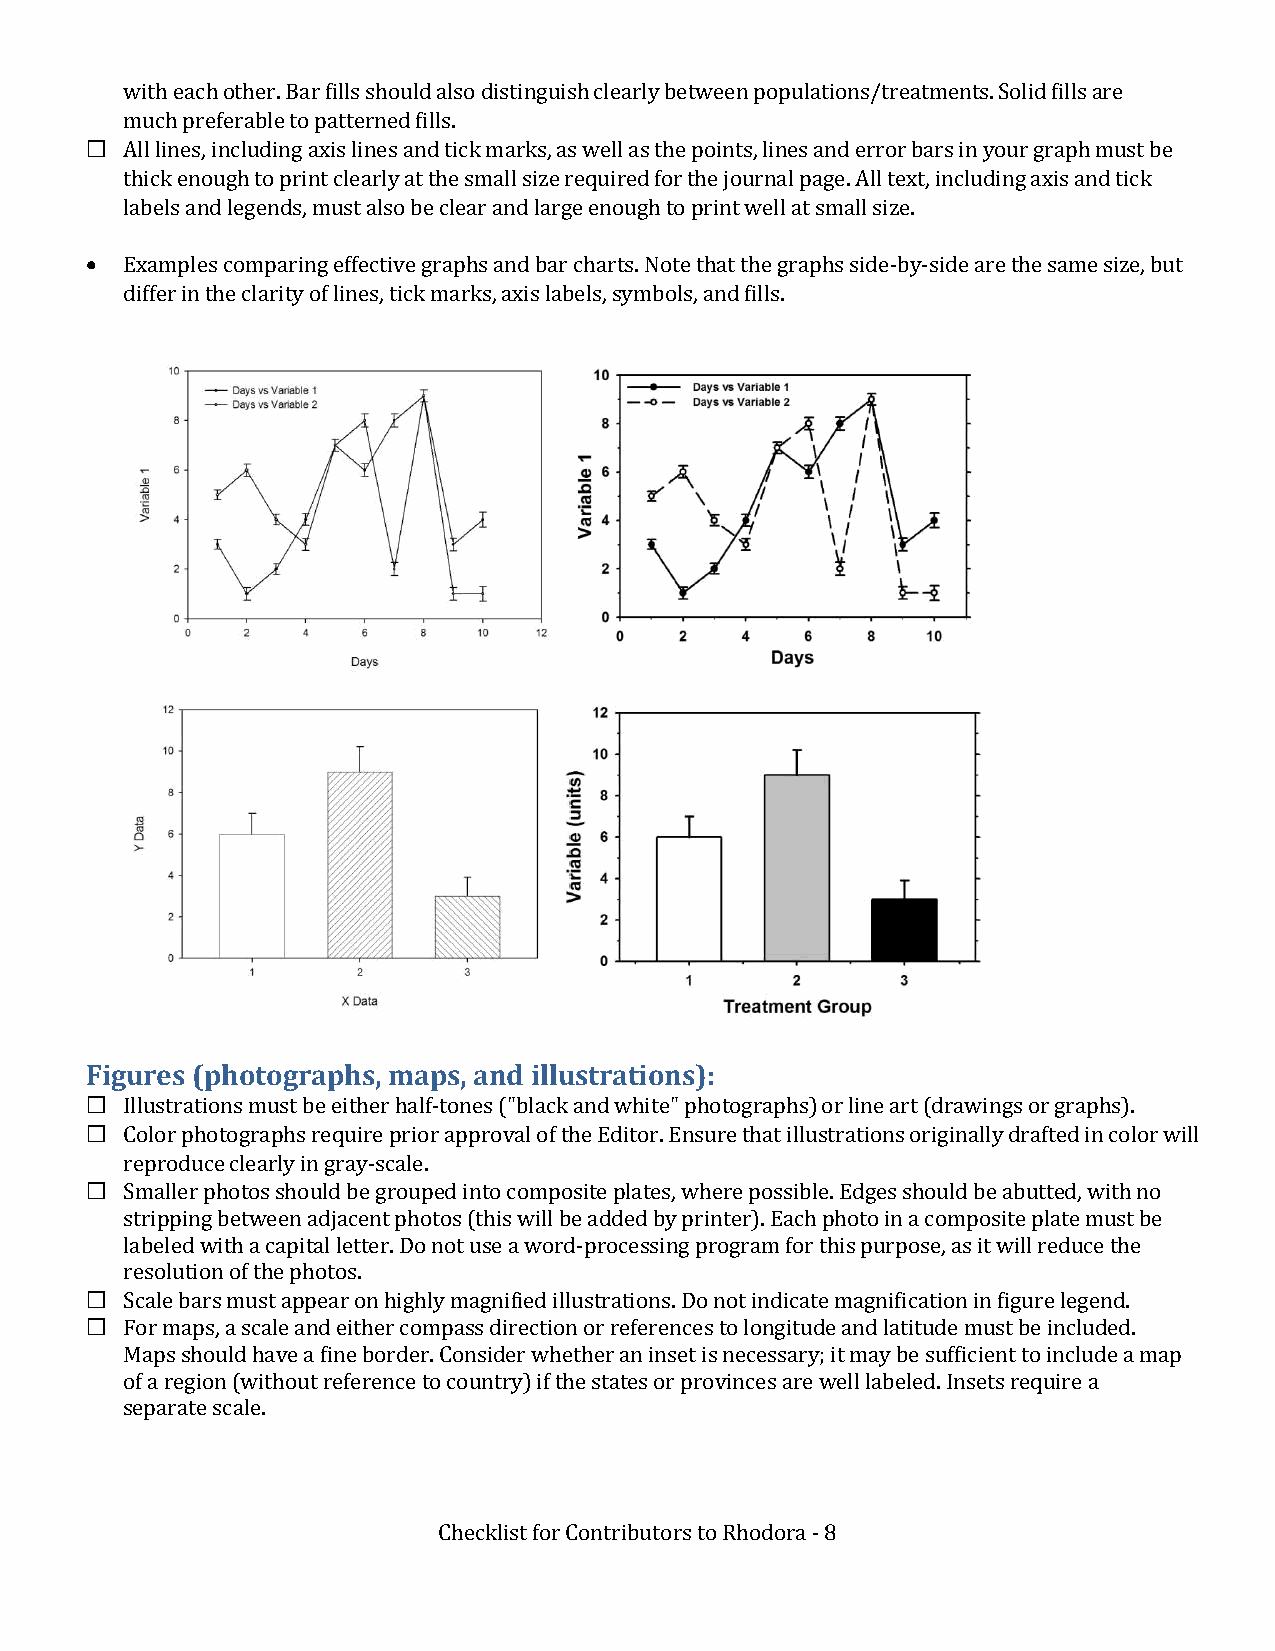
with each other. Bar fills should also distinguish clearly between populations/treatments. Solid fills are
 much preferable to patterned fills.
  All lines, including axis lines and tick marks, as well as the points, lines and error bars in your graph must be
 thick enough to print clearly at the small size required for the journal page. All text, including axis and tick
 labels and legends, must also be clear and large enough to print well at small size.
 • Examples comparing effective graphs and bar charts. Note that the graphs side-by-side are the same size, but
 differ in the clarity of lines, tick marks, axis labels, symbols, and fills.
 Figures (photographs, maps, and illustrations):
  Illustrations must be either half-tones ("black and white" photographs) or line art (drawings or graphs).
  Color photographs require prior approval of the Editor. Ensure that illustrations originally drafted in color will
 reproduce clearly in gray-scale.
  Smaller photos should be grouped into composite plates, where possible. Edges should be abutted, with no
 stripping between adjacent photos (this will be added by printer). Each photo in a composite plate must be
 labeled with a capital letter. Do not use a word-processing program for this purpose, as it will reduce the
 resolution of the photos.
  Scale bars must appear on highly magnified illustrations. Do not indicate magnification in figure legend.
  For maps, a scale and either compass direction or references to longitude and latitude must be included.
 Maps should have a fine border. Consider whether an inset is necessary; it may be sufficient to include a map
 of a region (without reference to country) if the states or provinces are well labeled. Insets require a
 separate scale.
 Checklist for Contributors to Rhodora - 8